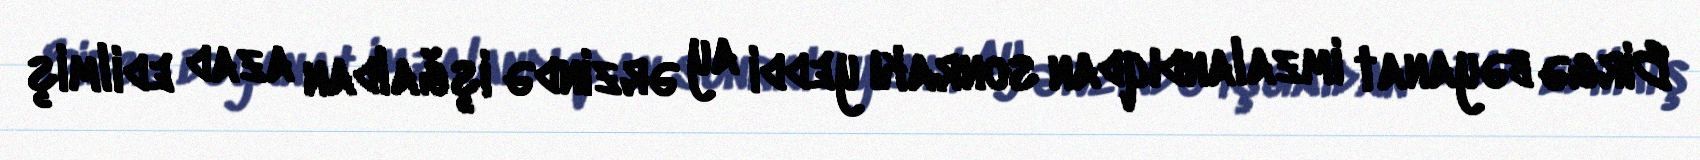
Birgə bəyanat imzalandıqdan sonrakı yeddi ay ərzində işğaldan azad edilmiş